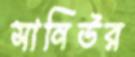
সানিউর